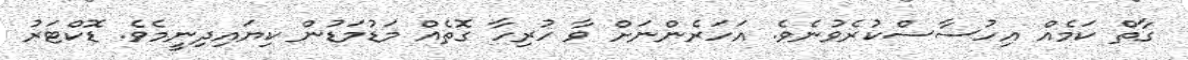
ގާތް ކަމެއް އިހުސާސްކުރެވުނެވެ. އަހަރެންނަށް ވާ ހުރިހާ ގޮތެއް މަޑުމަޑުން ކިޔައިދިނީމެވެ. ޑޮކްޓަރު